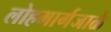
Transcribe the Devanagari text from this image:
लोहमार्गजाळे